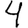
Digit: 4